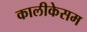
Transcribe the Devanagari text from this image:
कालीकेसम